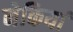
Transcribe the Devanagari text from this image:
नेकियां